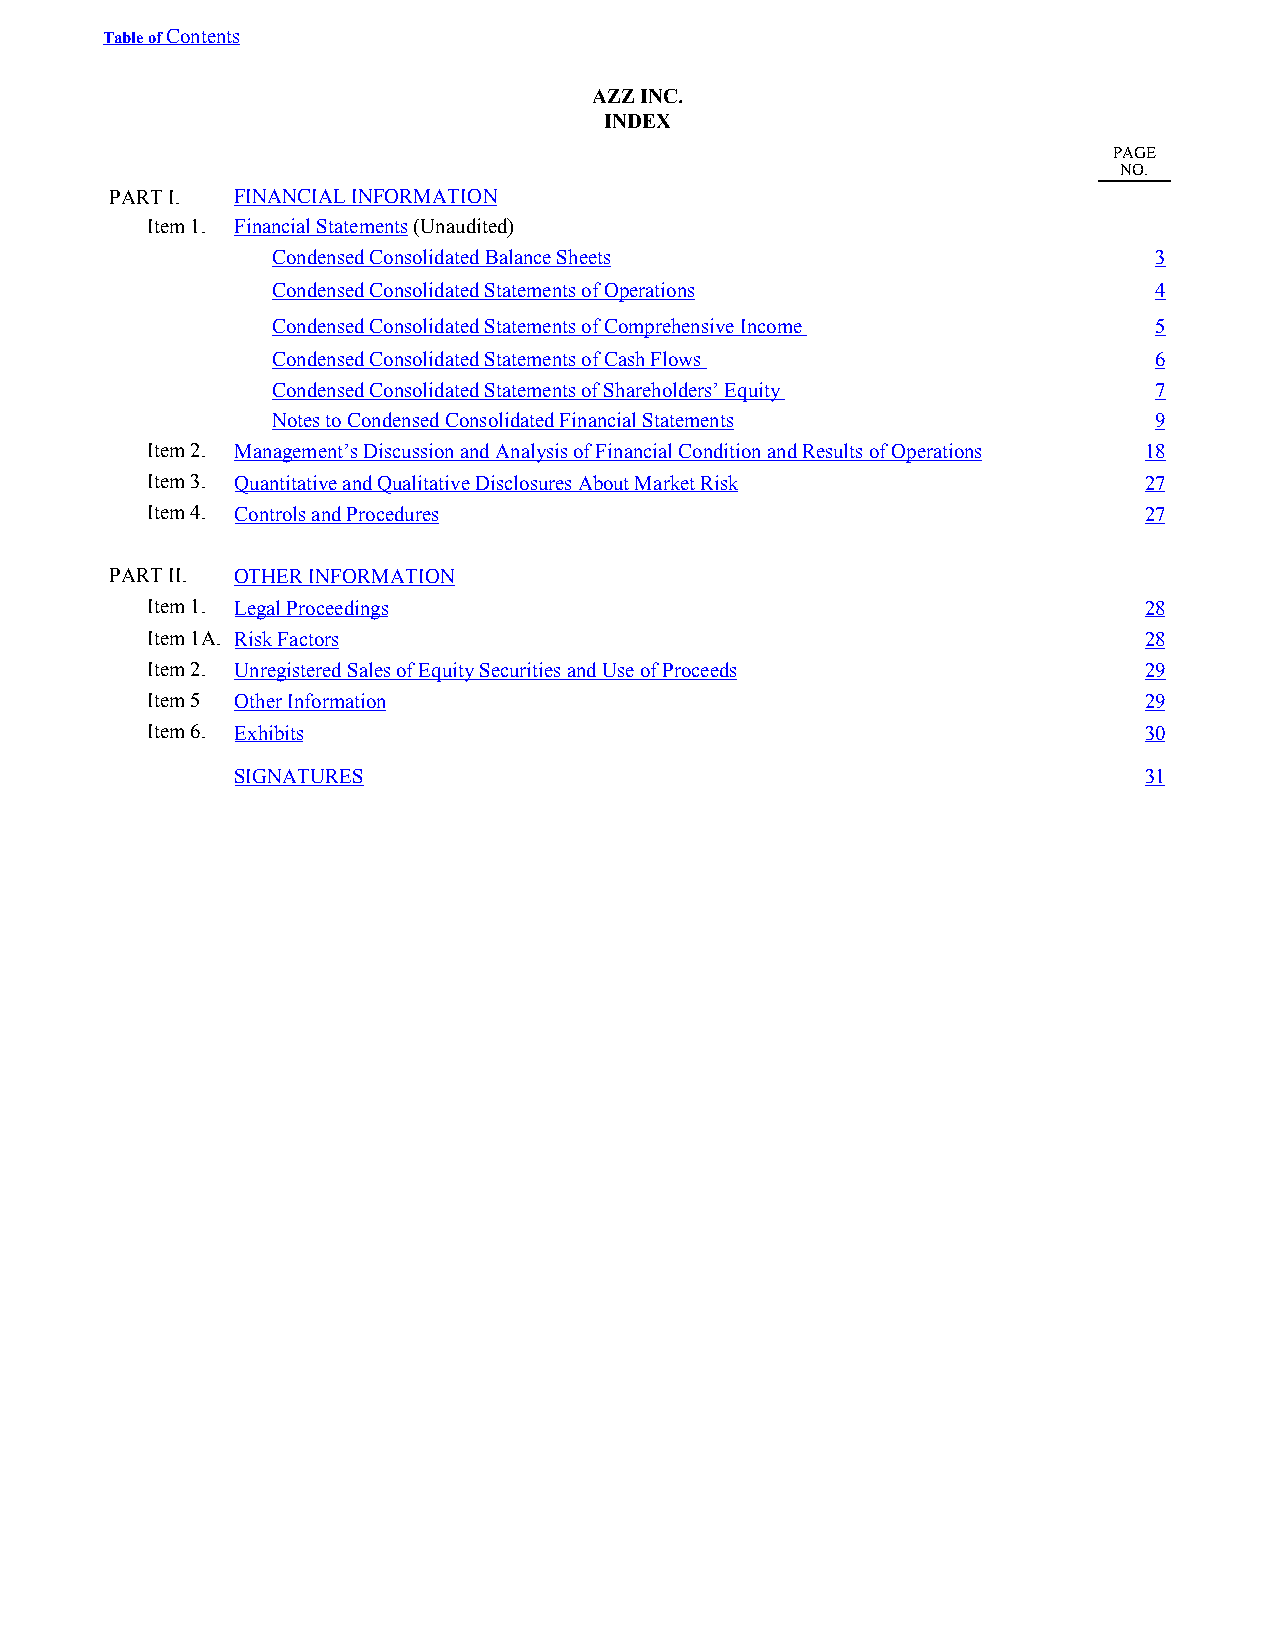
Table of Contents
 AZZ INC.
 INDEX
 PAGE
 NO.
 PART I.  FINANCIAL INFORMATION
 Item 1. Financial Statements (Unaudited)
 Condensed Consolidated Balance Sheets                     3
 Condensed Consolidated Statements of Operations           4
 Condensed Consolidated Statements of Comprehensive Income 5
 Condensed Consolidated Statements of Cash Flows           6
 Condensed Consolidated Statements of Shareholders’ Equity 7
 Notes to Condensed Consolidated Financial Statements      9
 Item 2. Management’s Discussion and Analysis of Financial Condition and Results of Operations 18
 Item 3. Quantitative and Qualitative Disclosures About Market Risk 27
 Item 4. Controls and Procedures                                   27
 PART II. OTHER INFORMATION
 Item 1. Legal Proceedings                                         28
 Item 1A. Risk Factors                                             28
 Item 2. Unregistered Sales of Equity Securities and Use of Proceeds 29
 Item 5 Other Information                                          29
 Item 6. Exhibits                                                  30
 SIGNATURES                                                  31